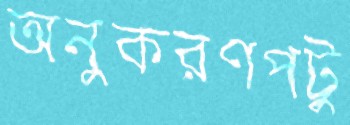
অনুকরণপটু